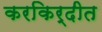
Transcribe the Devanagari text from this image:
करकिर्दीत